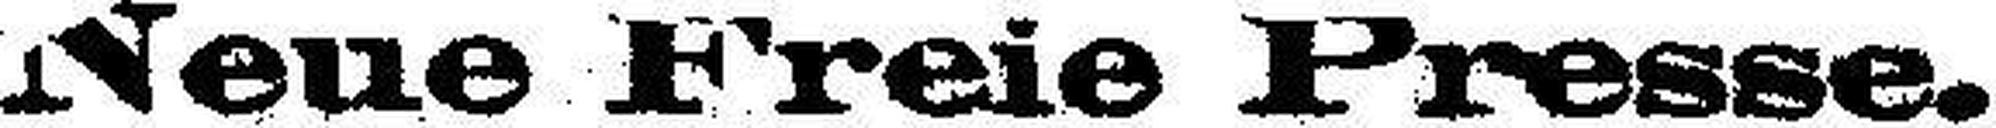
Neue Freie Presse.